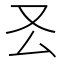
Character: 𠬟